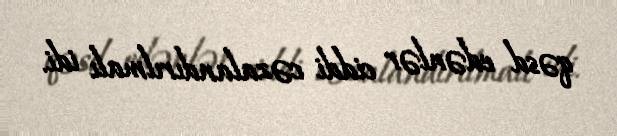
qəsd edənlər ciddi cəzalandırılmalı idi.